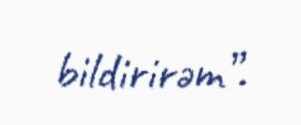
bildirirəm”.